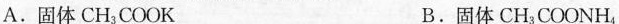
A.固体CH_{3}COOK B.固体CH_{3}COONH_{4}